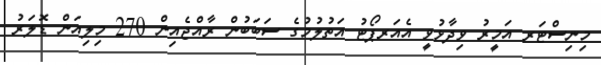
މިނިސްޓަރ އަމީރު ވިދާޅުވީ އެއަރޕޯޓު އަތުލުމުގެ ސަބަބުން ރާއްޖެއިން 270 މިލިއަން ޑޮލަރު